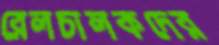
রেলচালকদের